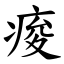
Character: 痠